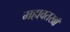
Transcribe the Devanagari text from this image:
महावतखाँ